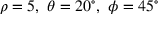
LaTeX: \rho = 5 , \ \theta = 2 0 ^ { \circ } , \ \phi = 4 5 ^ { \circ }